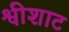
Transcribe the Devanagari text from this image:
श्वीशाट